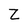
Character: Z